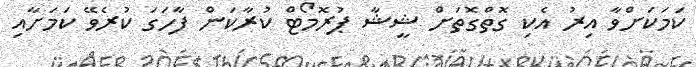
ކަމަކަށްވާ އިރު އެކި ގޮތްގޮތަށް ޝީޝާ ޕުރޮމޯޓް ކުރާކަން ފާހަގަ ކުރެވޭ ކަމަށާއި